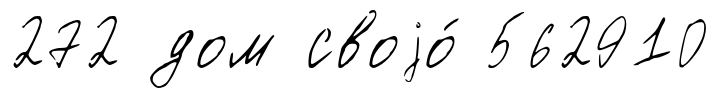
272 дом своjо́ 562910